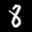
Label: 8